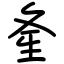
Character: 㚅